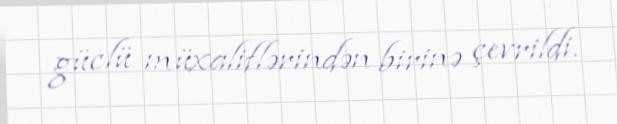
güclü müxaliflərindən birinə çevrildi.